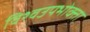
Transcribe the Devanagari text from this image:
विश्वउपभोक्ता